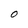
Character: O